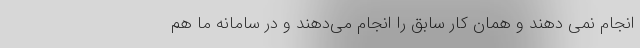
انجام نمی دهند و همان کار سابق را انجام می‌دهند و در سامانه ما هم